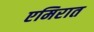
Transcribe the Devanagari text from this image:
एमिरात